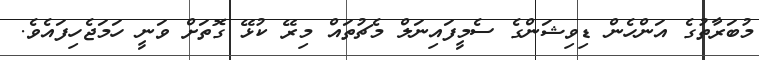
މުބަރާތުގެ އަންހެން ޑިވިޝަންގެ ސެމީފައިނަލް މެޗުތައް މިރޭ ކުޅޭ ގޮތަށް ވަނީ ހަމަޖެހިފައެވެ.